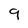
Character: 9